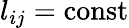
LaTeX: l_{ij}=\mathrm{const}